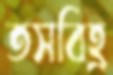
তসবিহ্র